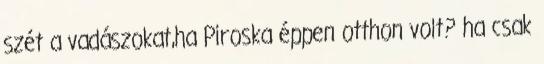
szét a vadászokat,ha Piroska éppen otthon volt? ha csak